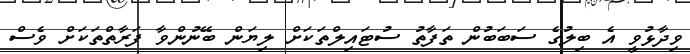
ވިދާޅުވީ އެ ބިލުގެ ސަބަބުން ތަފާތު ސުޓައިލްތަކަށް ލިޔަން ބޭނުންވާ ފަރާތްތަކަށް ވެސް